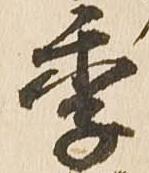
季